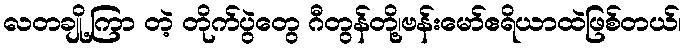
လတချို့ကြာ တဲ့ တိုက်ပွဲတွေ ဂီတွန်တို့၊ဗန်းမော်ဧရိယာထဲဖြစ်တယ်၊